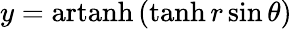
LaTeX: y=\operatorname{artanh}\, (\operatorname{tanh}r\sin\theta)